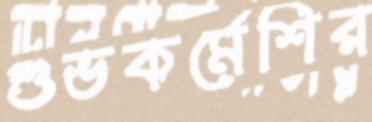
শুভকর্মেশির